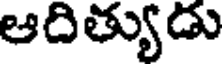
ఆదిత్యుడు